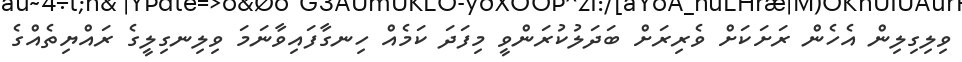
ވިލިގިލިން އެހެން ރަށަކަށް ވެރިރަށް ބަދަލުކުރަންވީ މިފަދަ ކަމެއް ހިނގާފައިވާނަމަ ވިލިނގިލީގެ ރައްޔިތެއްގެ